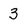
Character: 3